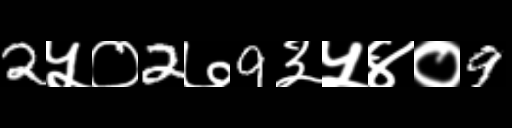
Text: 2५०2७9३५४०9